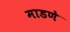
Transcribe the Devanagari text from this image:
माडणे